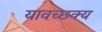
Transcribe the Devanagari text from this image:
यावच्छक्य